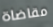
مقاضاة